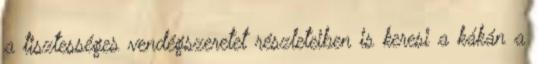
a tisztességes vendégszeretet részleteiben is keresi a kákán a